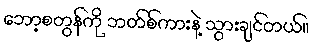
ဘော့စတွန်ကို ဘတ်စ်ကားနဲ့ သွားချင်တယ်။